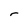
Character: r